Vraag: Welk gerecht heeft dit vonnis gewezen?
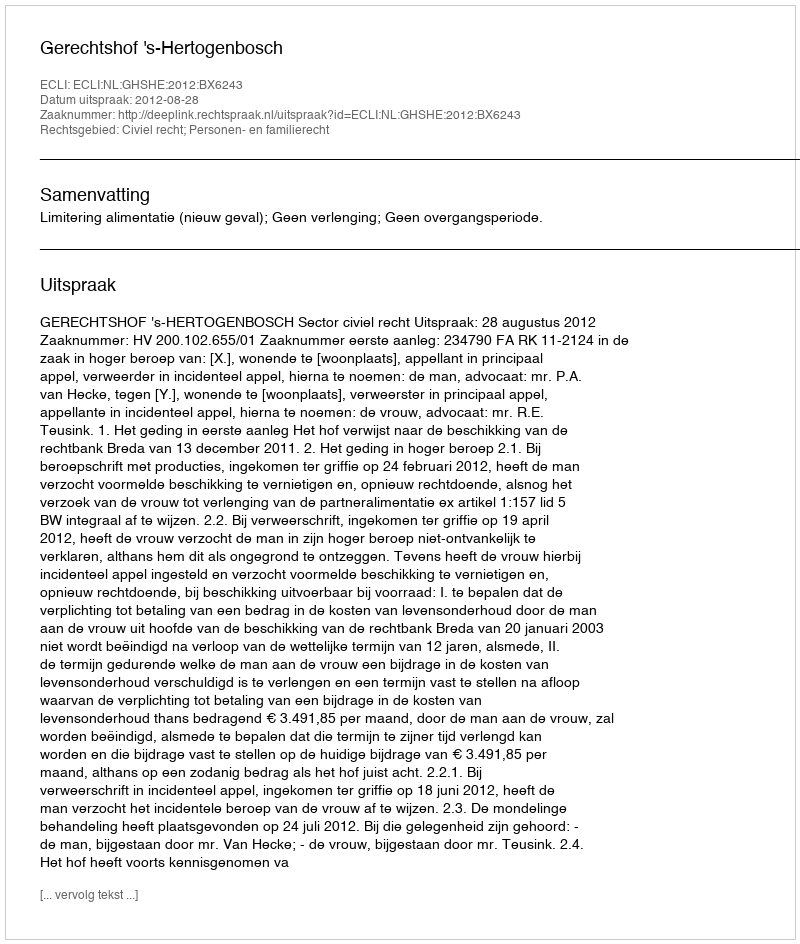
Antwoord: Gerechtshof 's-Hertogenbosch